Account of plague administration in the Bombay Presidency from September 1896 till May 1897
Year: 1896
Disease focus: Plague
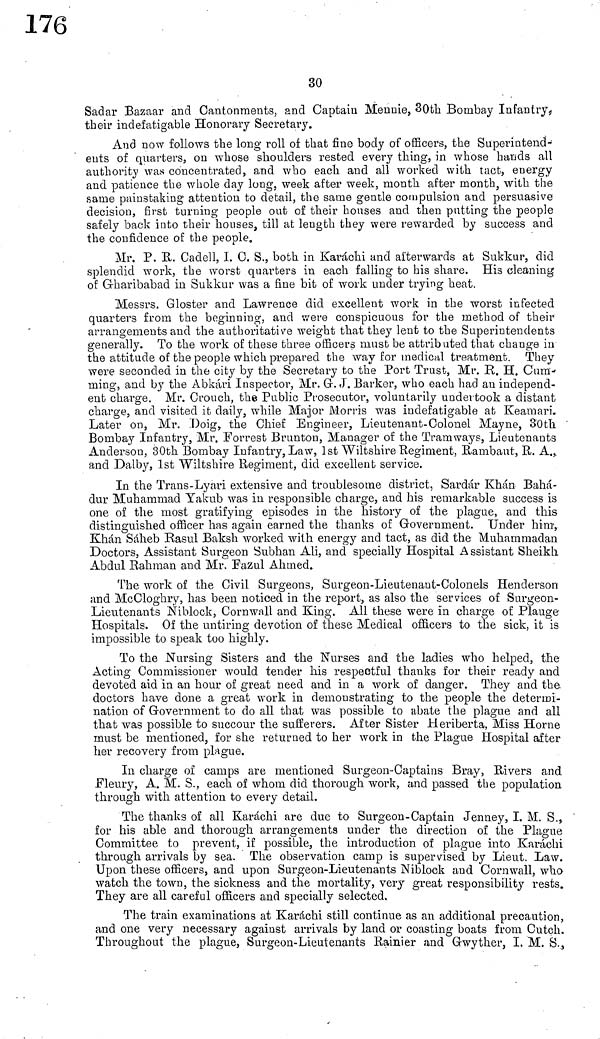
30
Saciar Bazaar and Cantonments, and Captain Mennie, 30th Bombay Infantry,
their indefatigable Honorary Secretary.
And now follows the long roll of that fine body of officers, the Superintend-
ents of quarters, on whose shoulders rested every thing, in whose hands all
authority was concentrated, and who each and all worked with tact, energy
and patience the whole day long, week after week, month after month, with the
same painstaking attention to detail, the same gentle compulsion and persuasive
decision, first turning people out of their houses and then putting the people
safely back into their houses, till at length they were rewarded by success and
the confidence of the people.
Mr. P. R. Cadell, I. 0. S., both in Karachi and afterwards at Sukkur, did
splendid work, the worst quarters in each falling to his share. His cleaning
of Gharibabad in Sukkur was a fine bit of work under trying heat.
Messrs. Gloster and Lawrence did excellent work in the worst infected
quarters from the beginning, and were conspicuous for the method of their
arrangements and the authoritative weight that they lent to the Superintendents
generally. To the work of these three officers must be attributed that change in
the attitude of the people which prepared the way for medical treatment. They
were seconded in the city by the Secretary to the Port Trust, Mr. R. H. Cum-
ming, and by the Abkári Inspector, Mr. Gr. J. Barker, who each had an independ-
ent charge. Mr. Crouch, the Public Prosecutor, voluntarily undertook a distant
charge, and visited it daily, while Major Morris was indefatigable at Keamari.
Later on, Mr. Doig,. the Chief Engineer, Lieutenant-Colonel Mayne, 30th
Bombay Infantry, Mr. Forrest Brunton, Manager of the Tramways, Lieutenants
Anderson, 30th Bombay Infantry, Law, 1st Wiltshire Regiment, Rambaut, R. A.,
and Dalby, 1st Wiltshire Regiment, did excellent service.
In the Trans-Lyari extensive and troublesome district, Sardár Khán Bahá-
dur Muhammad Yakub was in responsible charge, and his remarkable success is
one of the most gratifying episodes in the history of the plague, and this
distinguished officer has again earned the thanks of Government. Under him,
Khán Sáheb Rasul Baksh worked with energy and tact, as did the Muhammadan
Doctors, Assistant Surgeon Subhan Ali, and specially Hospital Assistant Sheikh
Abdul Rahman and Mr. Fazul Ahmed.
The work of the Civil Surgeons, Surgeon-Lieutenant-Colonels Henderson
and McCloghry, has been noticed in the report, as also the services of Surgeon-
Lieutenants Niblock, Cornwall and King. All these were in charge of Plauge
Hospitals. Of the untiring devotion of these Medical officers to the sick, it is
impossible to speak too highly.
To the Nursing Sisters and the Nurses and the ladies who helped, the
Acting Commissioner would tender his respectful thanks for their ready and
devoted aid in an hour of great need and in a work of danger. They and the
doctors have done a great work in demonstrating to the people the determi-
nation of Government to do all that was possible to abate the plague and all
that was possible to succour the sufferers. After Sister Heriberta, Miss Home
must be mentioned, for she returned to her work in the Plague Hospital after
her recovery from plague.
In charge of camps are mentioned Surgeon-Captains Bray, Rivers and
Fleury, A. M. S., each of whom did thorough work, and passed the population
through with attention to every detail.
The thanks of all Karachi are due to Surgeon-Captain Jenney, I. M. S.,
for his able and thorough arrangements under the direction of the Plague
Committee to prevent, if possible, the introduction of plague into Karachi
through arrivals by sea. The observation camp is supervised by Lieut. Law.
Upon these officers, and upon Surgeon-Lieutenants Niblock and Cornwall, who
watch the town, the sickness and the mortality, very great responsibility rests.
They are all careful officers and specially selected.
The train examinations at Karáchi still continue as an additional precaution,
and one very necessary against arrivals by land or coasting boats from Cutch.
Throughout the plague, Surgeon-Lieutenants Rainier and Grwyther, I. M. S.,